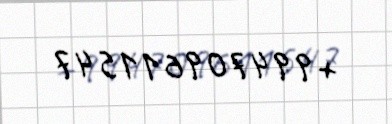
+994709611547